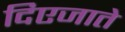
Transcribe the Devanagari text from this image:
दिएजाते